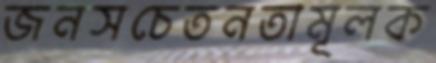
জনসচেতনতামূলক